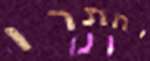
יחתרו